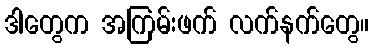
ဒါတွေက အကြမ်းဖက် လက်နက်တွေ။